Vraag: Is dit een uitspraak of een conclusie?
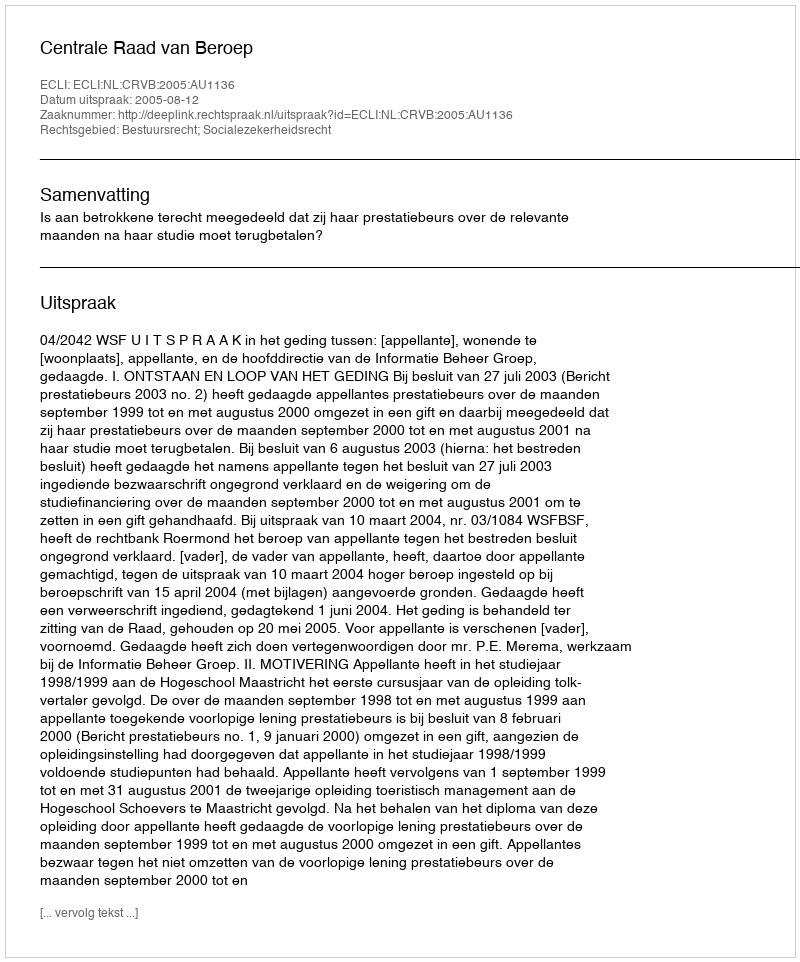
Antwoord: Uitspraak